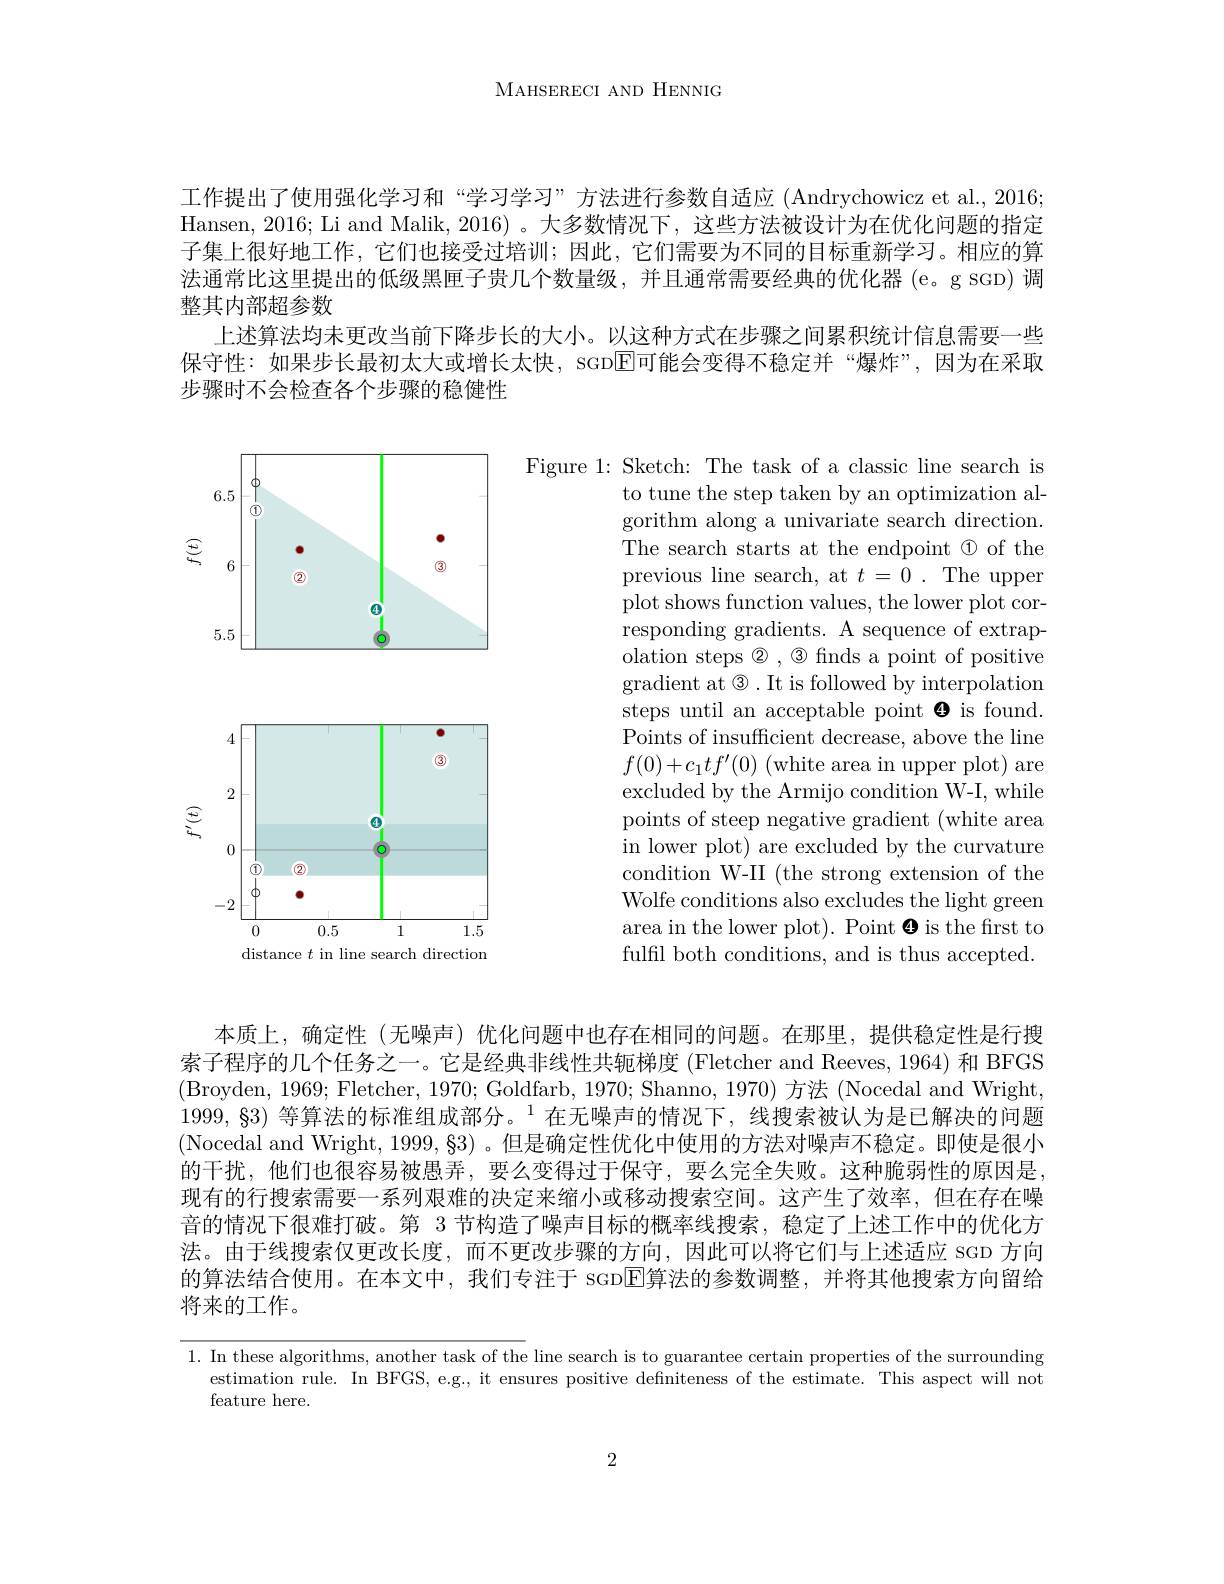
MAHSERECI AND HENNIG

工作提出了使用强化学习和“学习学习”方法进行参数自适应 (Andrychowicz et al., 2016; Hansen, 2016; Li and Malik, 2016) 。大多数情况下，这些方法被设计为在优化问题的指定子集上很好地工作，它们也接受过培训；因此，它们需要为不同的目标重新学习。相应的算法通常比这里提出的低级黑匣子贵几个数量级，并且通常需要经典的优化器 (e。g SGD) 调整其内部超参数
上述算法均未更改当前下降步长的大小。以这种方式在步骤之间累积统计信息需要一些保守性：如果步长最初太大或增长太快，SGD$\overline{\mathrm{E}}$可能会变得不稳定并“爆炸”,因为在采取步骤时不会检查各个步骤的稳健性

<FigureHere>

Figure 1: Sketch: The task of a classic line search is
to tune the step taken by an optimization algorithm along a univariate search direction. The search starts at the endpoint $\textcircled{1}$ of the previous line search, at $t=0.$ The upper plot shows function values, the lower plot corresponding gradients. A sequence of extrapolation steps $\textcircled{2},\textcircled{3}$ finds a point of positive gradient at $\textcircled{3}.$It is followed by interpolation steps until an acceptable point $\Theta$ is found. Points of insufficient decrease, above the line $f( 0) + c_1tf^{\prime }( 0) \allowbreak ( {\mathrm{mod}} $area in upper plot)are excluded by the Armijo condition W-I, while points of steep negative gradient (white area in lower plot) are excluded by the curvature condition W-II (the strong extension of the Wolfe conditions also excludes the light green area in the lower plot). Point $\Theta$ is the first to fulfil both conditions, and is thus accepted.

<FigureHere>
distance $t$ in line search direction

本质上，确定性(无噪声)优化问题中也存在相同的问题。在那里，提供稳定性是行搜索子程序的几个任务之一。它是经典非线性共轭梯度 (Fletcher and Reeves, 1964) 和 BFGS (Broyden, 1969; Fletcher, 1970; Goldfarb, 1970; Shanno, 1970) 方法 (Nocedal and Wright, $1999,83)\text{ 等算法的标准组成部分。}^{1}$在无噪声的情况下，线搜索被认为是已解决的问题(Nocedal and Wright, 1999, 83) 。但是确定性优化中使用的方法对噪声不稳定。即使是很小的干扰，他们也很容易被愚弄，要么变得过于保守，要么完全失败。这种脆弱性的原因是现有的行搜索需要一系列艰难的决定来缩小或移动搜索空间。这产生了效率，但在存在噪音的情况下很难打破。第 3 节构造了噪声目标的概率线搜索，稳定了上述工作中的优化方法。由于线搜索仅更改长度，而不更改步骤的方向，因此可以将它们与上述适应 SGD 方向的算法结合使用。在本文中，我们专注于 sGDEl算法的参数调整，并将其他搜索方向留给将来的工作。

1. In these algorithms, another task of the line search is to guarantee certain properties of the surrounding
estimation rule. In BFGS, e.g., it ensures positive defniteness of the estimate. This aspect will not
feature here.

2